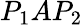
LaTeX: P_{1}AP_{2}